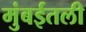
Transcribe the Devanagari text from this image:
मुंबईतली